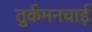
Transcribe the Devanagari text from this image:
तुर्कमनचाई